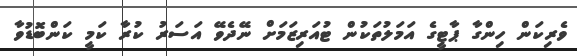
ވެރިކަން ހިންގާ ޕާޓީގެ އަމަލުތަކުން ޓުއަރިޒަމަށް ނޭދެވޭ އަސަރު ކުރާ ކަމީ ކަންބޮޑުވާ